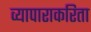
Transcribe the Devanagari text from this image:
व्यापाराकरिता